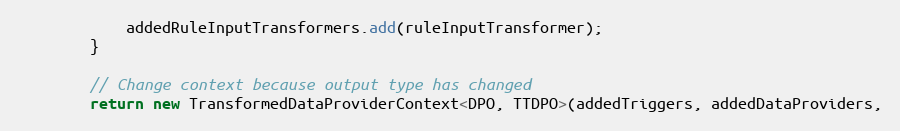
Language: Java
            addedRuleInputTransformers.add(ruleInputTransformer);
        }

        // Change context because output type has changed
        return new TransformedDataProviderContext<DPO, TTDPO>(addedTriggers, addedDataProviders,